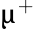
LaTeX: \upmu^{+}